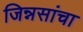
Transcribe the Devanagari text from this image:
जिन्नसांचा